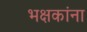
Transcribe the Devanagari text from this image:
भक्षकांना